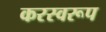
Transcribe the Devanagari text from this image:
करस्वरूप